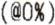
(@0%)